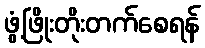
ဖွံ့ဖြိုးတိုးတက်စေရန်